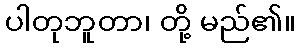
ပါတုဘူတာ၊ တို့ မည်၏။